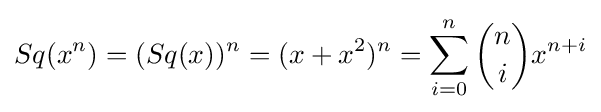
Sq(x^{n})=(Sq(x))^{n}=(x+x^{2})^{n}=\sum _{i=0}^{n}{n \choose i}x^{n+i}